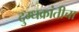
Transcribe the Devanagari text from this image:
दुग्धक्रांतीचा